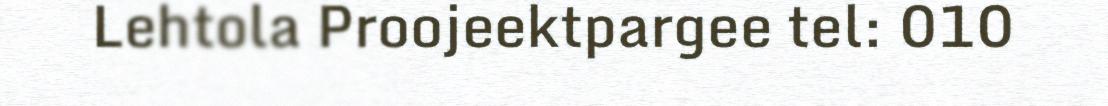
Lehtola Proojeektpargee tel: 010